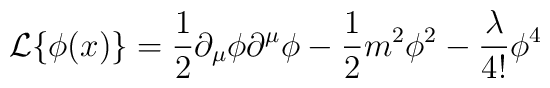
{\cal L}\{\phi(x)\}=\frac{1}{2}\partial_{\mu}\phi\partial^{\mu}\phi-\frac{1}{2}m^2\phi^2-\frac{\lambda}{4!}\phi^4